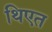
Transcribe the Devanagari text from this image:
थिएत